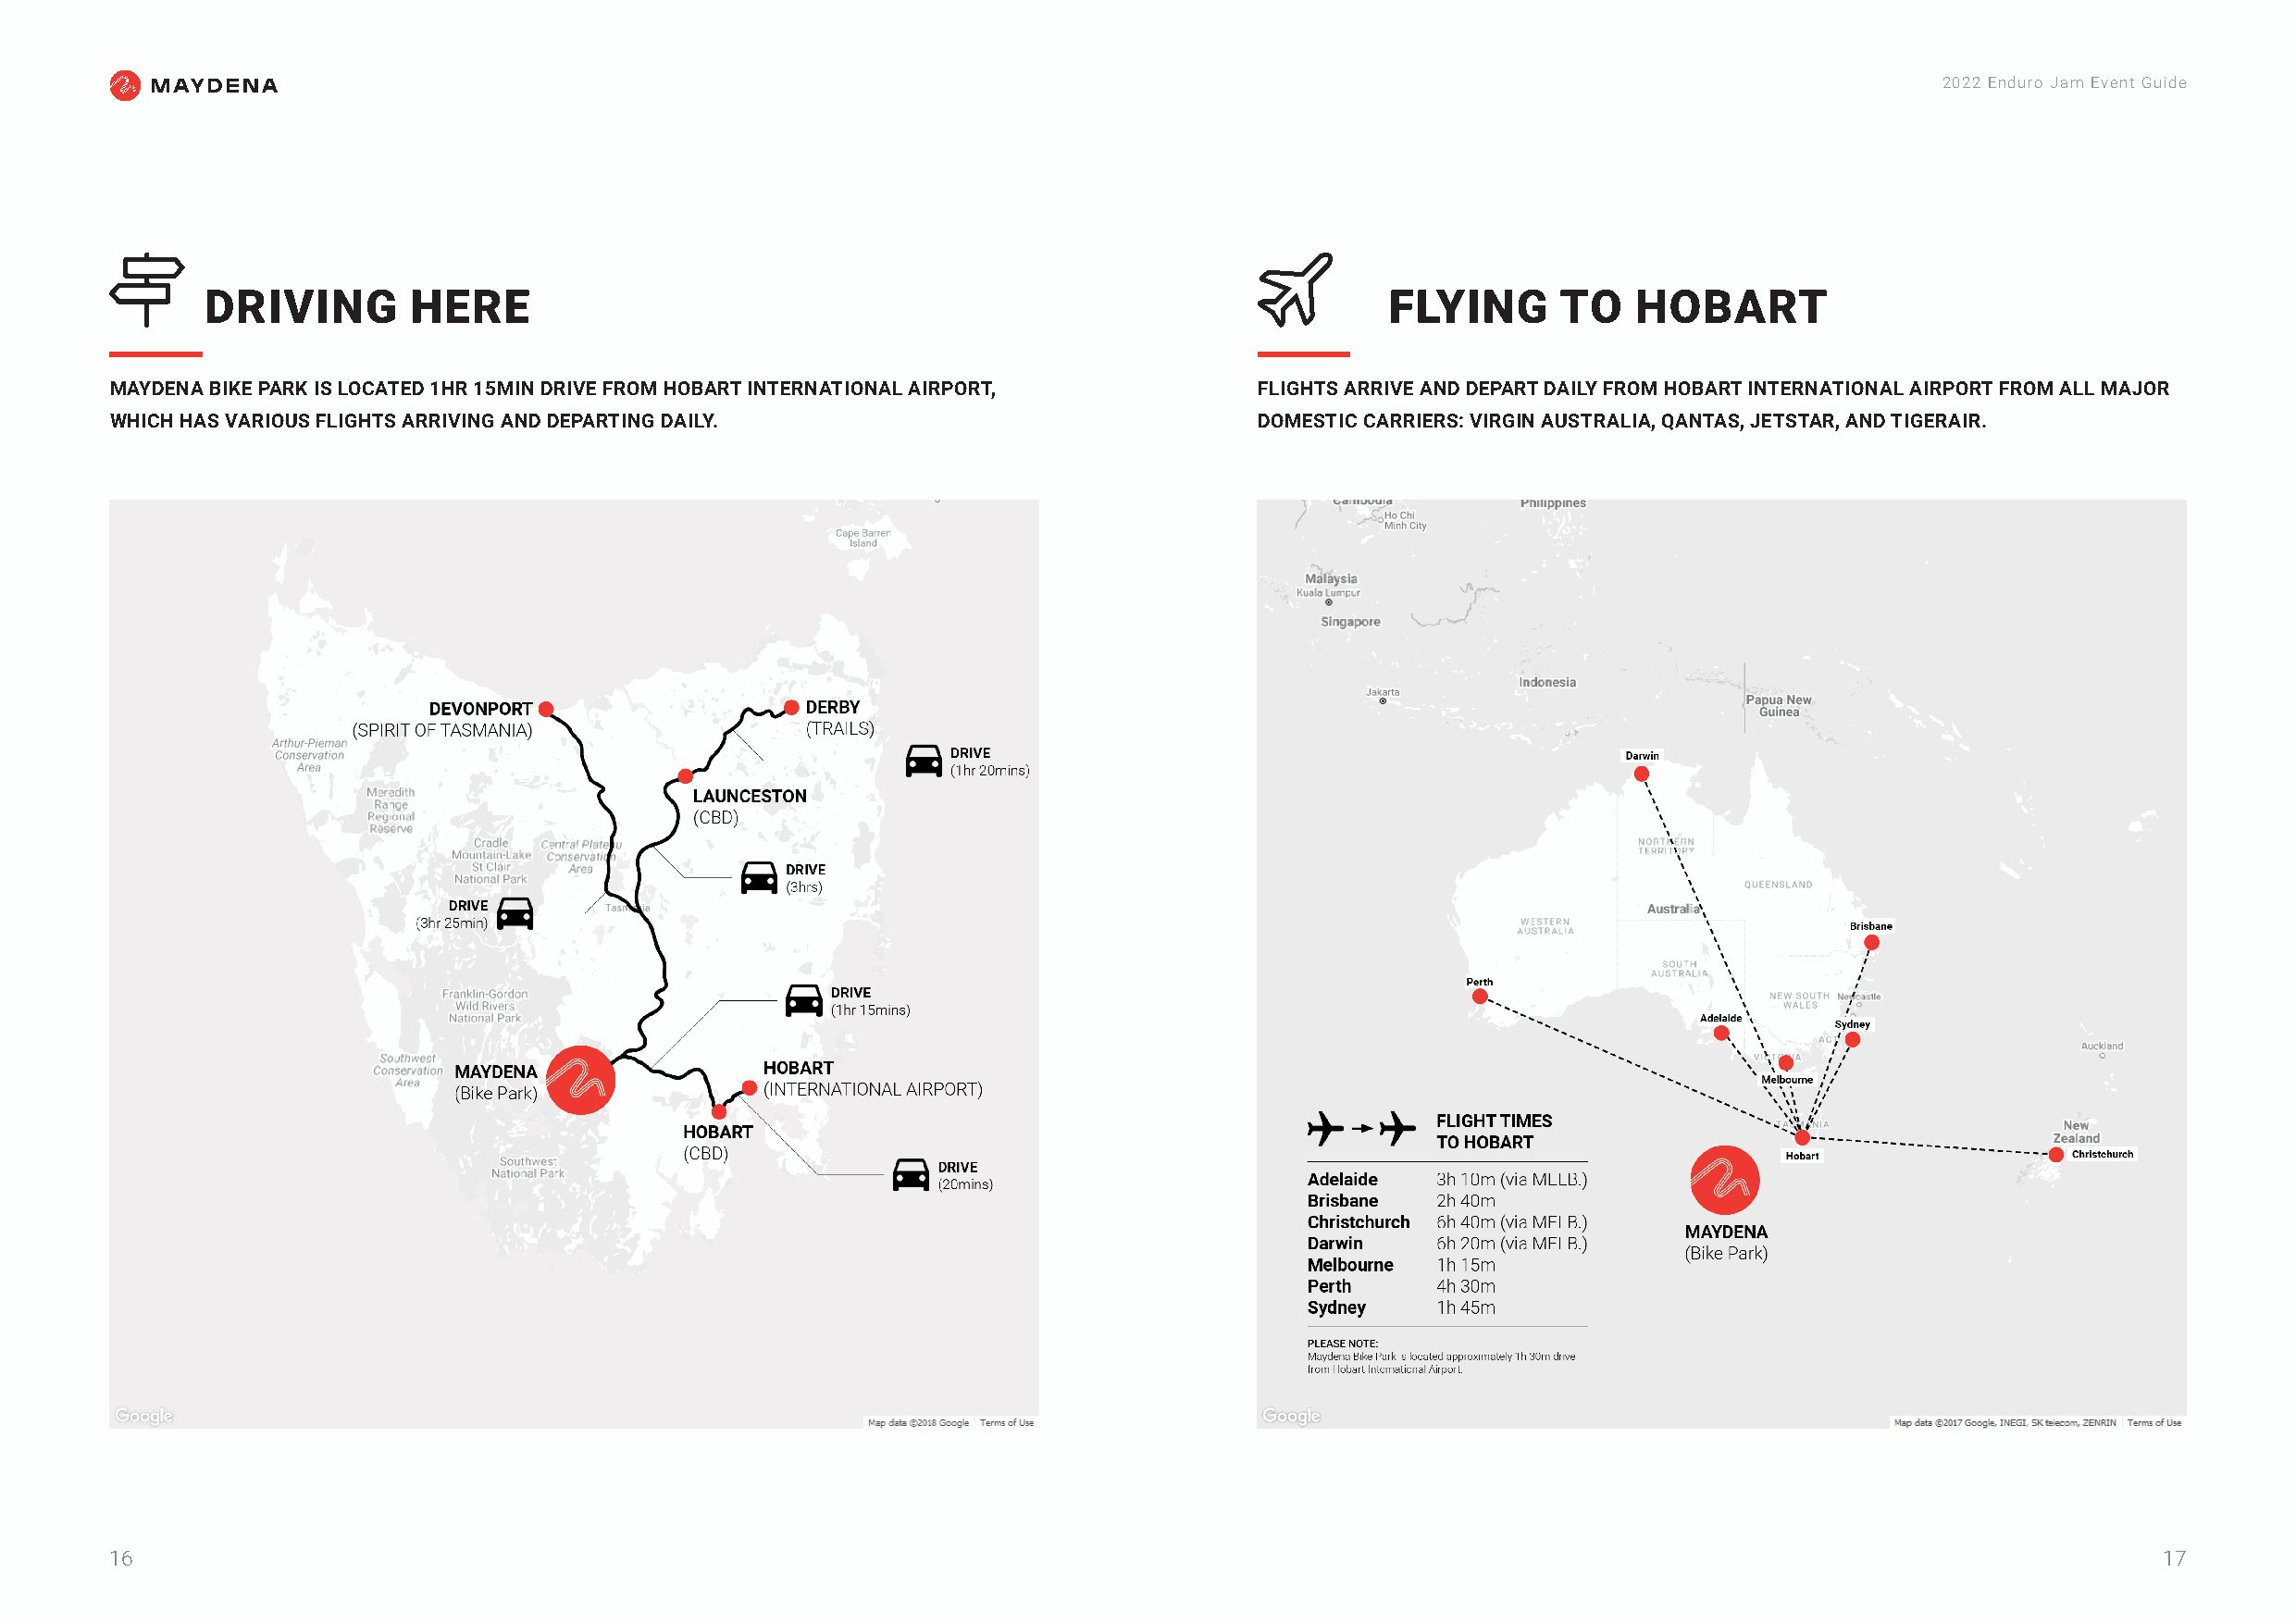
2022 Enduro Jam Event Guide
                                                                                  
 DRIVING       HERE                                                                  FLYING       TO   HOBART
 MAYDENA BIKE PARK IS LOCATED 1HR 15MIN DRIVE FROM HOBART INTERNATIONAL AIRPORT,   FLIGHTS ARRIVE AND DEPART DAILY FROM HOBART INTERNATIONAL AIRPORT FROM ALL MAJOR
 WHICH HAS VARIOUS FLIGHTS ARRIVING AND DEPARTING DAILY.                           DOMESTIC CARRIERS: VIRGIN AUSTRALIA, QANTAS, JETSTAR, AND TIGERAIR.
 16                                                                                                                                                 17